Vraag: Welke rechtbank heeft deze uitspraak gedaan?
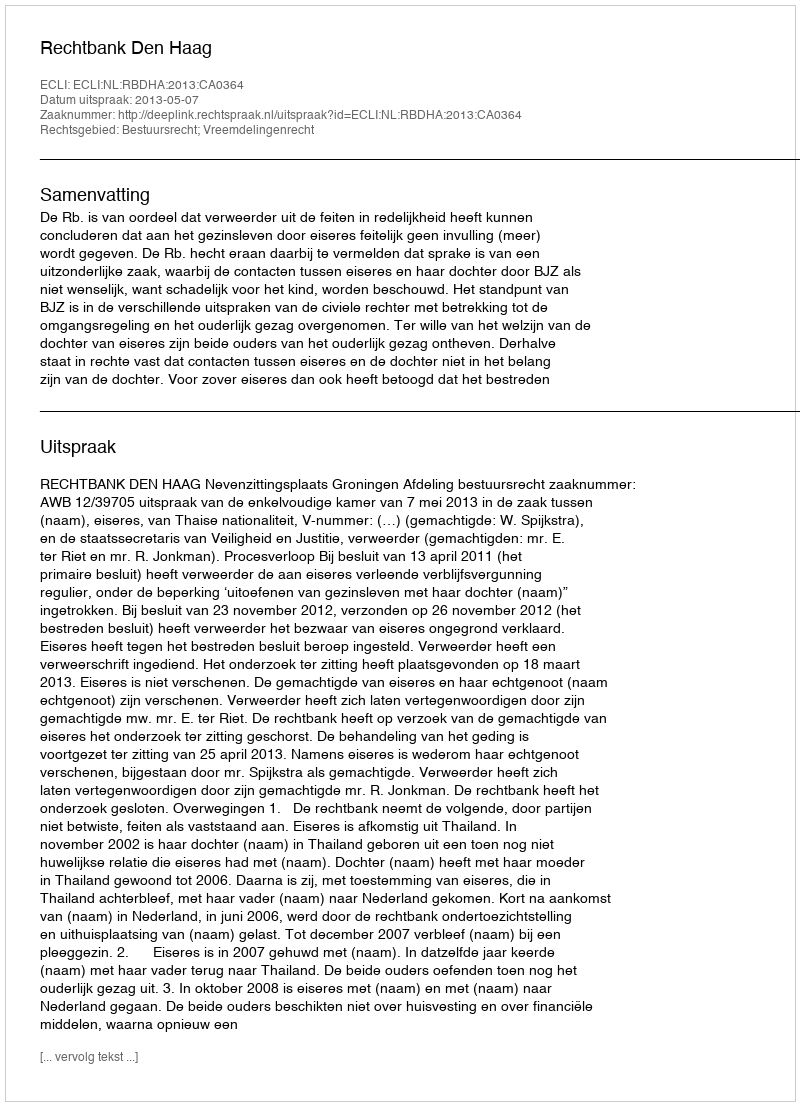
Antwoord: Rechtbank Den Haag